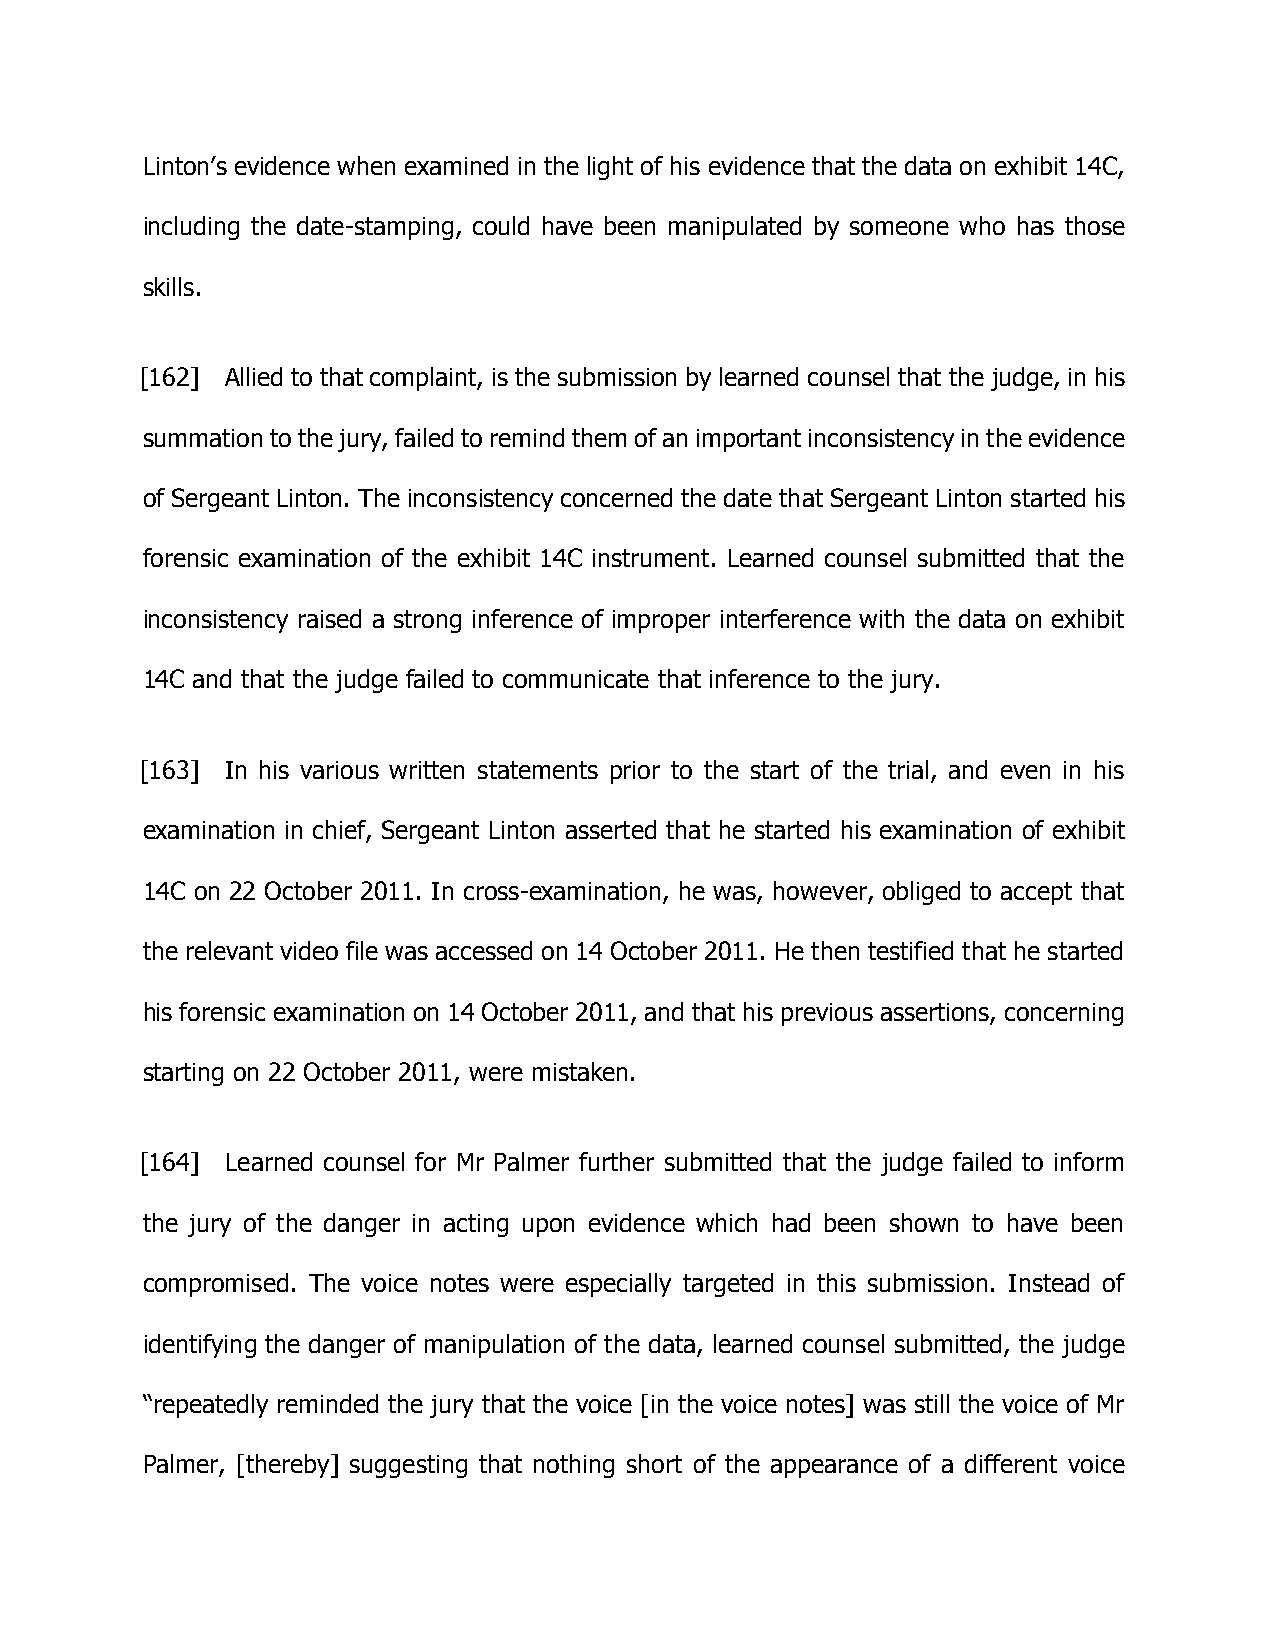
Linton’s evidence when examined in the light of his evidence that the data on exhibit 14C,
 including the date-stamping, could have been manipulated by someone who has those
 skills.
 [162] Allied to that complaint, is the submission by learned counsel that the judge, in his
 summation to the jury, failed to remind them of an important inconsistency in the evidence
 of Sergeant Linton. The inconsistency concerned the date that Sergeant Linton started his
 forensic examination of the exhibit 14C instrument. Learned counsel submitted that the
 inconsistency raised a strong inference of improper interference with the data on exhibit
 14C and that the judge failed to communicate that inference to the jury.
 [163] In his various written statements prior to the start of the trial, and even in his
 examination in chief, Sergeant Linton asserted that he started his examination of exhibit
 14C on 22 October 2011. In cross-examination, he was, however, obliged to accept that
 the relevant video file was accessed on 14 October 2011. He then testified that he started
 his forensic examination on 14 October 2011, and that his previous assertions, concerning
 starting on 22 October 2011, were mistaken.
 [164] Learned counsel for Mr Palmer further submitted that the judge failed to inform
 the jury of the danger in acting upon evidence which had been shown to have been
 compromised. The voice notes were especially targeted in this submission. Instead of
 identifying the danger of manipulation of the data, learned counsel submitted, the judge
 “repeatedly reminded the jury that the voice [in the voice notes] was still the voice of Mr
 Palmer, [thereby] suggesting that nothing short of the appearance of a different voice